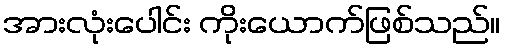
အားလုံးပေါင်း ကိုးယောက်ဖြစ်သည်။